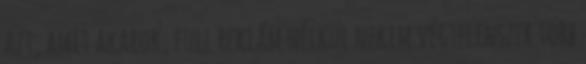
azt, amit akarok, full reklám nélkül nekem végtelenszer több